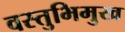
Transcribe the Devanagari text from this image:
वस्तुभिमुख